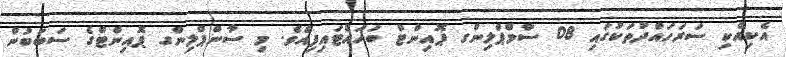
އެކިއެކި ސަރަހައްދުތަކުގައި 08 ސާމްޕްލިންގ ޕޮއިންޓް ބަހައްޓައިފިއެވެ. މި ސާންޕްލިންގ ޕޮއިންޓްގެ ސަބަބުން